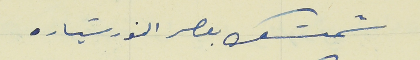
شمسَك بعصر النور سَياره